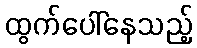
ထွက်ပေါ်နေသည့်